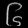
Digit: ၆